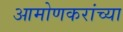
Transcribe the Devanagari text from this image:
आमोणकरांच्या